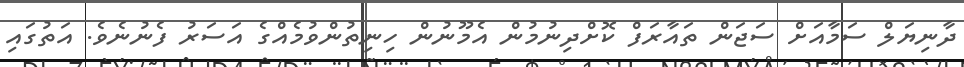
ދާނިޔަލް ސަމާއަށް ސަޖަން ތައާރަފް ކޮށްދިނުމުން އެމޫނުން ހިނިތުންވުމެއްގެ އަސަރު ފެނުނެވެ. އަތުގައި